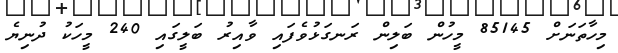
މިހާތަނަށް 85145 މީހުން ބަލިން ރަނގަޅުވެފައި ވާއިރު ބަލީގައި 240 މީހަކު ދުނިޔެ